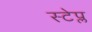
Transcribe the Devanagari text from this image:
स्टेप्ल